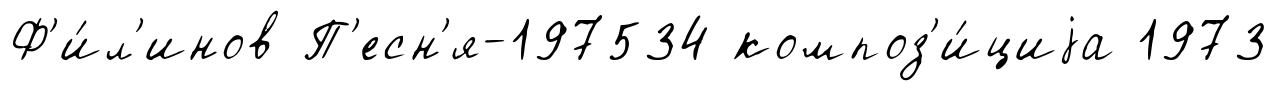
Ф'и́л'инов П'есн'я-197534 композ'и́циjа 1973